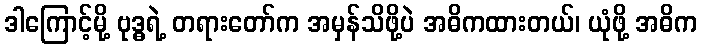
ဒါကြောင့်မို့ ဗုဒ္ဓရဲ့ တရားတော်က အမှန်သိဖို့ပဲ အဓိကထားတယ်၊ ယုံဖို့ အဓိက